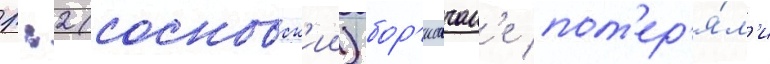
1:2 (сосновск'ии) бор'исовчан'е пот'ер'я́л'и